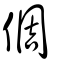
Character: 倜